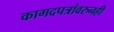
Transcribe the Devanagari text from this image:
कागदपत्रांवरुनही